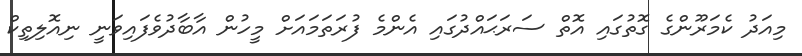
މިއަދު ކެމަރޫންގެ ގޮތުގައި އޮތް ސަރަޙައްދުގައި އެންމެ ފުރަތަމައަށް މީހުން އާބާދުވެފައިވަނީ ނިއޮލިތިކް